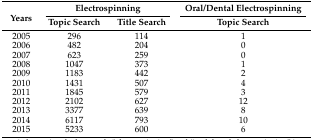
| <ROWSPAN=2> Years | <COLSPAN=2> Electrospinning | Oral/Dental Electrospinning |
 | Topic Search | Title Search | Topic Search |
 | --- | --- | --- | --- |
 | 2005 | 296 | 114 | 1 |
 | 2006 | 482 | 204 | 0 |
 | 2007 | 623 | 259 | 0 |
 | 2008 | 1047 | 373 | 1 |
 | 2009 | 1183 | 442 | 2 |
 | 2010 | 1431 | 507 | 4 |
 | 2011 | 1845 | 579 | 3 |
 | 2012 | 2102 | 627 | 12 |
 | 2013 | 3377 | 639 | 8 |
 | 2014 | 6117 | 793 | 10 |
 | 2015 | 5233 | 600 | 6 |